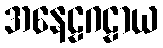
အနေဠဂဠာယ